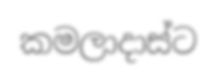
කමලාදාස්ට